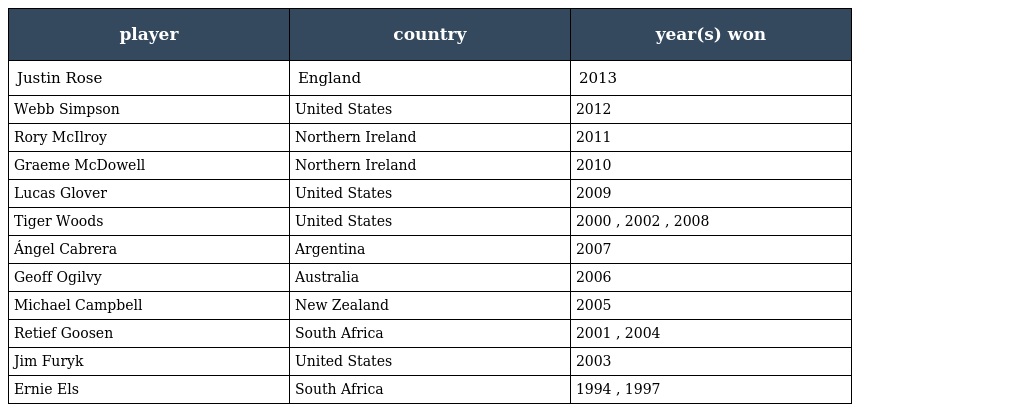
| player | country | year(s) won |
 | --- | --- | --- |
 | Justin Rose | England | 2013 |
 | Webb Simpson | United States | 2012 |
 | Rory McIlroy | Northern Ireland | 2011 |
 | Graeme McDowell | Northern Ireland | 2010 |
 | Lucas Glover | United States | 2009 |
 | Tiger Woods | United States | 2000 , 2002 , 2008 |
 | Ángel Cabrera | Argentina | 2007 |
 | Geoff Ogilvy | Australia | 2006 |
 | Michael Campbell | New Zealand | 2005 |
 | Retief Goosen | South Africa | 2001 , 2004 |
 | Jim Furyk | United States | 2003 |
 | Ernie Els | South Africa | 1994 , 1997 |